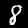
Digit: 8